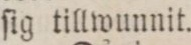
ſig tillwunnit.